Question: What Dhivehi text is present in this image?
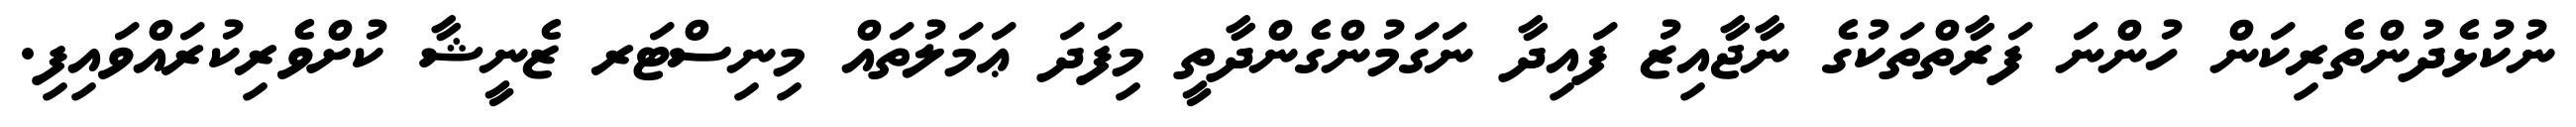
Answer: ނުކުޅެދުންތެރިކަން ހުންނަ ފަރާތްތަކުގެ ނާޖާއިޒު ފައިދާ ނަގަމުންގެންދާތީ މިފަދަ ޢަމަލުތައް މިނިސްޓަރ ޒެނީޝާ ކުށްވެރިކުރައްވައިފި.